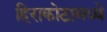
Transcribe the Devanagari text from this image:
हिराकोटामध्ये